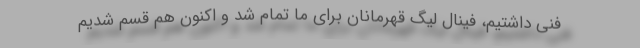
فنی داشتیم، فینال لیگ قهرمانان برای ما تمام شد و اکنون هم قسم شدیم